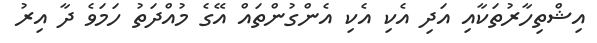
އިޝްތިހާރުތަކާއި އަދި އެކި އެކި އެންގުންތައް އޭގެ މުއްދަތު ހަމަވެ ދާ އިރު